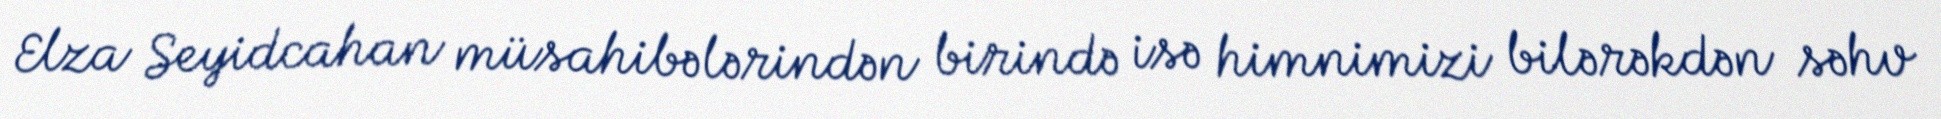
Elza Seyidcahan müsahibələrindən birində isə himnimizi bilərəkdən səhv